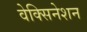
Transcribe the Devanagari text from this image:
वेक्सिनेशन